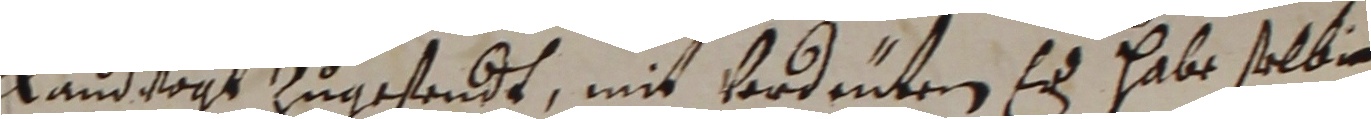
landvogt zugesendt, mit vordenten ed habe selbig